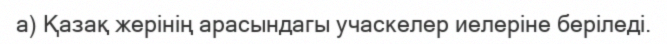
а) Қазақ жерінің арасындагы учаскелер иелеріне беріледі.